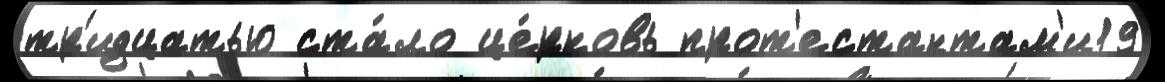
тр'идцатью ста́ло це́рковь прот'естантам'и19